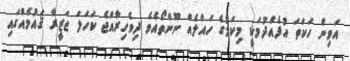
އަވިން ހަކަތަ އުފެއްދުމަކީ މިކަމުގެ ހައްލެއް ނޫންތޯއެވެ ދިވެހިރާއްޖެ ކަހަލަ ޖަޒީރާ ޤައުމެއްގައި